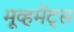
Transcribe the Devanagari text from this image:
मूव्हमेंट्स